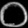
Digit: ၀